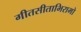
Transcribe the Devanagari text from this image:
गीतसीताभिरामो